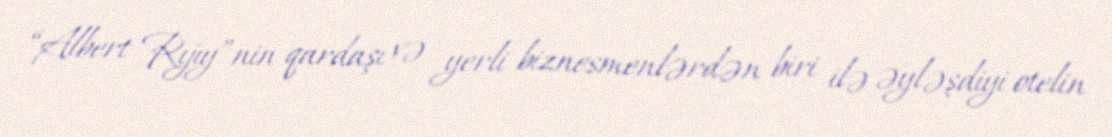
“Albert Rıjıy”nin qardaşı və yerli biznesmenlərdən biri ilə əyləşdiyi otelin